Report of the Indian Hemp Drugs Commission, 1894-1895 - Volume I
Year: 1894
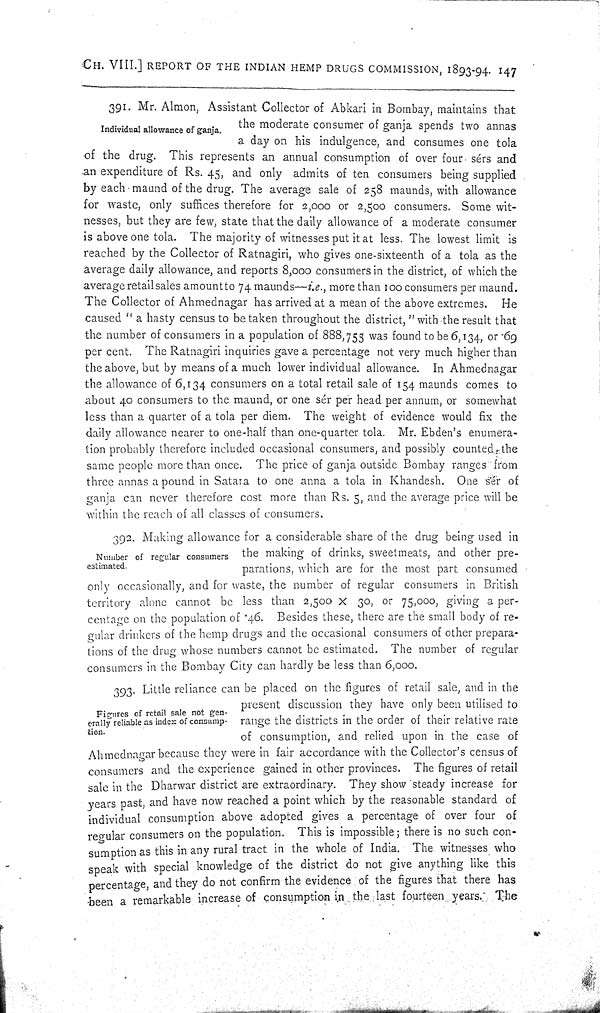
CH. VIII.] REPORT OF THE INDIAN HEMP DRUGS COMMISSION, 1893-94. 147
Individual allowance of ganja.
391. Mr. Almon, Assistant Collector of Abkari in Bombay, maintains that
the moderate consumer of ganja spends two annas
a day on his indulgence, and consumes one tola
of the drug. This represents an annual consumption of over four sérs and
an expenditure of Rs. 45, and only admits of ten consumers being supplied
by each maund of the drug. The average sale of 258 maunds, with allowance
for waste, only suffices therefore for 2,000 or 2,500 consumers. Some wit-
nesses, but they are few, state that the daily allowance of a moderate consumer
is above one tola. The majority of witnesses put it at less. The lowest limit is
reached by the Collector of Ratnagiri, who gives one-sixteenth of a tola as the
average daily allowance, and reports 8,000 consumers in the district, of which the
average retailsales amount to 74 maunds—i.e., more than 100 consumers per maund.
The Collector of Ahmednagar has arrived at a mean of the above extremes. He
caused "a hasty census to be taken throughout the district," with the result that
the number of consumers in a population of 888,755 was found to be 6,134, or .69
per cent. The Ratnagiri inquiries gave a percentage not very much higher than
the above, but by means of a much lower individual allowance. In Ahmednagar
the allowance of 6,134 consumers on a total retail sale of 154 maunds comes to
about 40 consumers to the maund, or one sér per head per annum, or somewhat
less than a quarter of a tola per diem. The weight of evidence would fix the
daily allowance nearer to one-half than one-quarter tola. Mr. Ebden's enumera-
tion probably therefore included occasional consumers, and possibly counted the
same people more than once. The price of ganja outside Bombay ranges from
three annas a pound in Satara to one anna a tola in Khandesh. One sér of
ganja can never therefore cost more than Rs. 5, and the average price will be
within the reach of all classes of consumers.
Number of regular consumers
estimated.
392. Making allowance for a considerable share of the drug being used in
the making of drinks, sweetmeats, and other pre-
parations, which are for the most part consumed
only occasionally, and for waste, the number of regular consumers in British
territory alone cannot be less than 2,500 x 30, or 75,000, giving a per-
centage on the population of .46. Besides these, there are the small body of re-
gular drinkers of the hemp drugs and the occasional consumers of other prepara-
tions of the drug whose numbers cannot be estimated. The number of regular
consumers in the Bombay City can hardly be less than 6,000.
Figures of retail sale not gen-
erally reliable as index of consump-
tion.
393. Little reliance can be placed on the figures of retail sale, and in the
present discussion they have only been utilised to
range the districts in the order of their relative rate
of consumption, and relied upon in the case of
Ahmednagar because they were in fair accordance with the Collector's census of
consumers and the experience gained in other provinces. The figures of retail
sale in the Dharwar district are extraordinary. They show steady increase for
years past, and have now reached a point which by the reasonable standard of
individual consumption above adopted gives a percentage of over four of
regular consumers on the population. This is impossible; there is no such con-
sumption as this in any rural tract in the whole of India. The witnesses who
speak with special knowledge of the district do not give anything like this
percentage, and they do not confirm the evidence of the figures that there has
been a remarkable increase of consumption in the last fourteen years. The